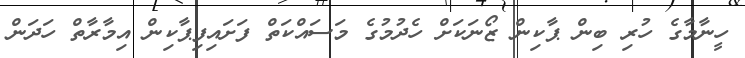
ހީނާމާގެ ހުރި ބިން ޕާކިން ޒޯނަކަށް ހެދުމުގެ މަސައްކަތް ފަށައިފިޕާކިން އިމާރާތް ހަދަން